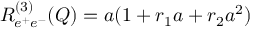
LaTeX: R _ { e ^ { + } e ^ { - } } ^ { ( 3 ) } ( Q ) = a ( 1 + r _ { 1 } a + r _ { 2 } a ^ { 2 } )